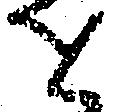
せ